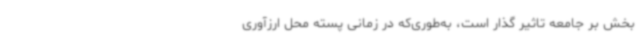
بخش بر جامعه تاثیر گذار است، به‌طوری‌که در زمانی پسته محل ارزآوری